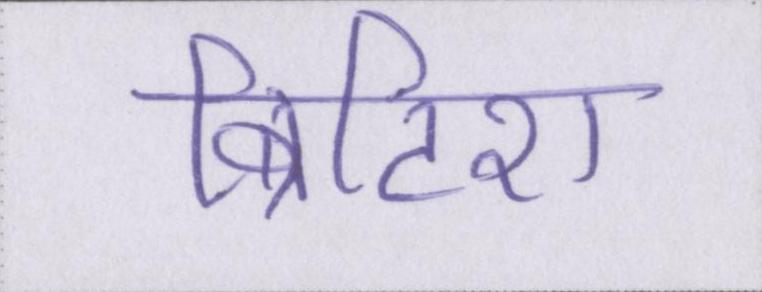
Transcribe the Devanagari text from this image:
ब्रिटिश